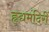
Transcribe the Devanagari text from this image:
हृद्यमंदिरीं